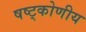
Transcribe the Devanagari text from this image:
षष्ट्कोणीय